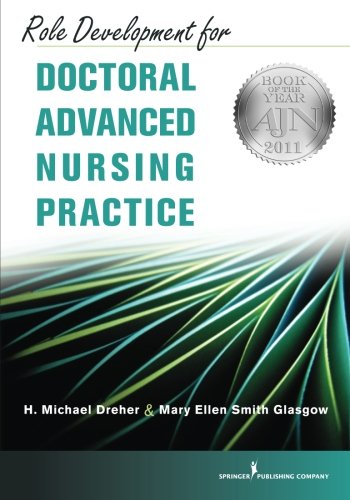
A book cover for Role Development for Doctoral Advanced Nursing Practice; H. Michael Dreher PhD  RN  FAAN; Medical Books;